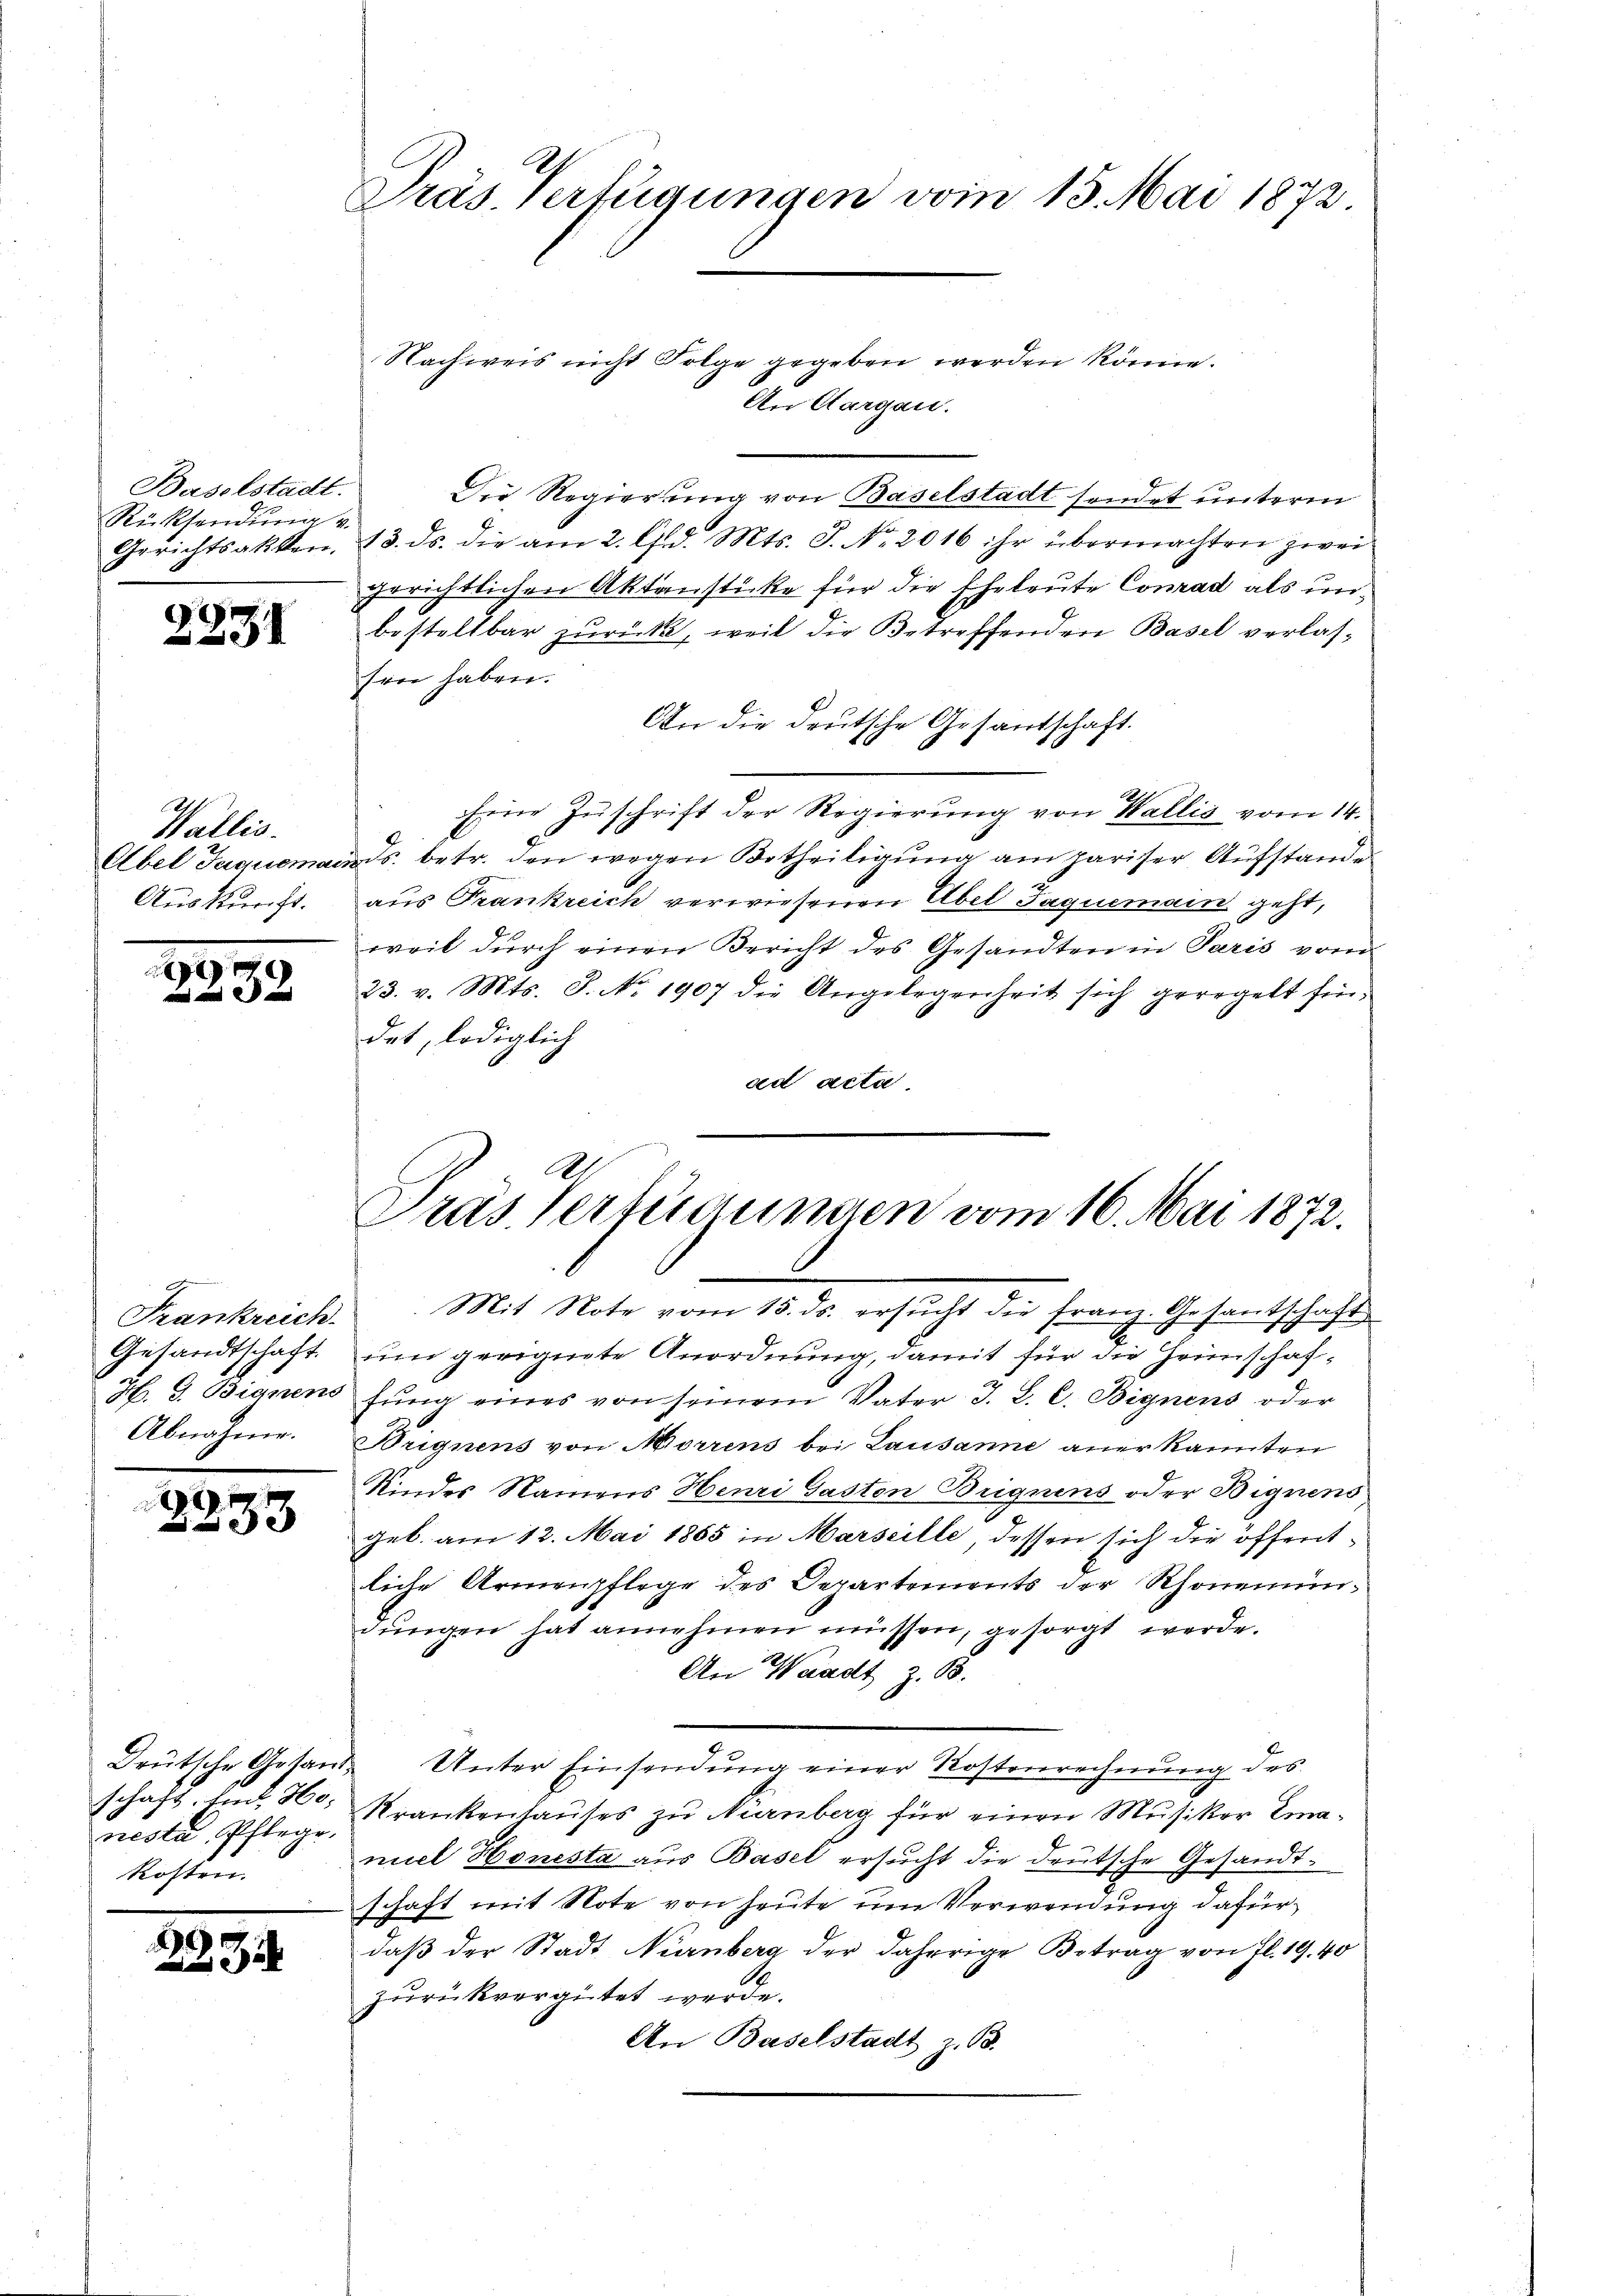
Baselstadt.
Rücksendung v.
Gerichtsakten.

2231

Gallei
Abel Jaquera
Auskuricht.

99
3 x

Gesandtschaft.
Abnahme.

35
553

nesta, Pflege,
kosten.

2994.

Präs. Verfügungen vom 13. Mai 1872.

Nachweis nicht Folge gegeben werden könne.
An Aargau.
Die Regierung von Baselstadt sendet unterm
13. ds. die am 2. Ad. Mts. J. No. 2016 ihr übermachten zwei
gerichtlichen Aktenstücke für die Eheleute Conrad als unbestellbar zurück, weil die Betreffenden Basel verlassen haben.
An die deutsche Gesandschaft.
Eine Zŭschrift der Regierung von Wallis vom 14.
 ds. betr. den wegen Betheiligung am pariser Aufstande
aus Frankreich verwiesenen Übel Jaquemain geht,
weil durch einen Bericht des Gesandten in Paris vom
23. v. Mts. S. No. 1907 die Angelegenheit sich geregelt fin,
det, lediglich
ad acta

Pras Vertraumen vom 16. Mai 1872.

Frankreich. Mit Note vom 15. ds. ersŭcht die franz. Gesantschaft
un geeignete Anordnung, damit für die Grünschaf¬
H. G. Bignens fung eines von seinem Vater J. L. C. Bignens oder
Brignens von Morrens bei Lausanne anerkannten
Kindes Namens Henri Gaston Brignens oder Bignens
geb. am 12. Mai 1885 in Marseille, dessen sich die öffentliche Armenpflege des Departements der Rhonenindŭngen hat annehmen müssen, gesorgt werde.
An Waadt z. B.
Drütsche Gesand Unter Einsendŭng einer Kostenrechnung des
schaft. Eid H: Krankenhauses zu Nürnberg für einen Musiker Emamiel Honesta aus Basel ersucht die deutsche Gesandtschaft mit Note von heute um Verwendung dafür
daß der Stadt Nürnberg der daherige Betrag von fl. 19. 40
zurückvergütet werde.
An Baselstadt z. B.